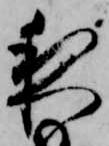
夜